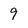
Character: 9